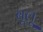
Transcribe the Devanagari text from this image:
बूलू